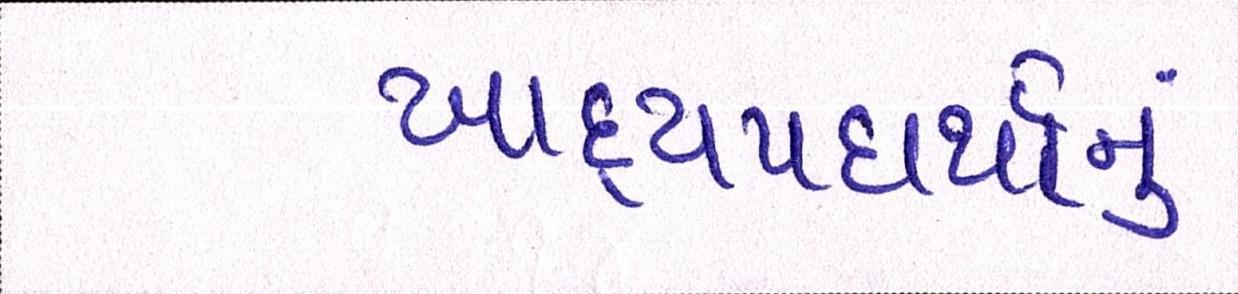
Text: ખાદ્યપદાર્થોનું